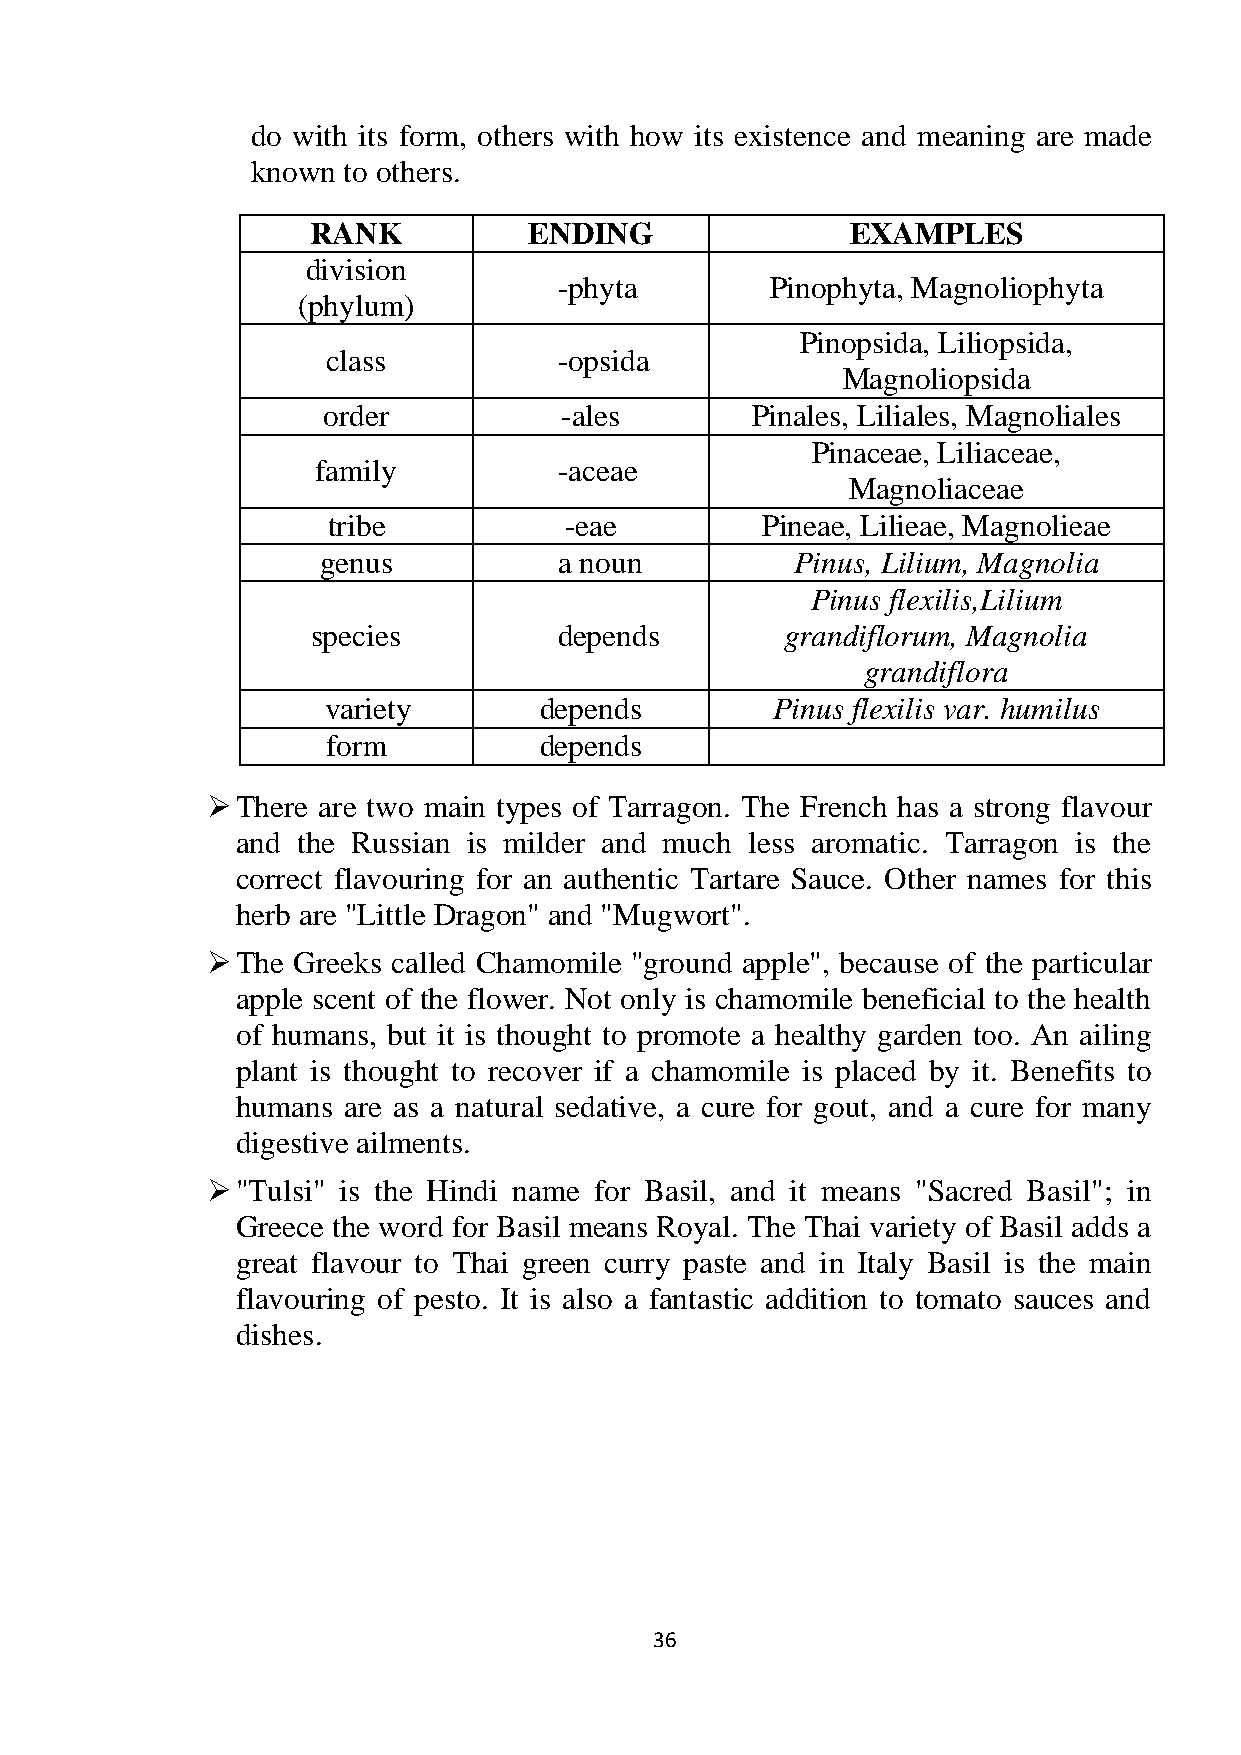
do with its form, others with how its existence and meaning are made
 known to others.
 RANK          ENDING               EXAMPLES
 division
 -phyta        Pinophyta, Magnoliophyta
 (phylum)
 Pinopsida, Liliopsida,
 class          -opsida
 Magnoliopsida
 order           -ales        Pinales, Liliales, Magnoliales
 Pinaceae, Liliaceae,
 family          -aceae
 Magnoliaceae
 tribe          -eae         Pineae, Lilieae, Magnolieae
 genus           a noun          Pinus, Lilium, Magnolia
 Pinus flexilis,Lilium
 species         depends        grandiflorum, Magnolia
 grandiflora
 variety       depends        Pinus flexilis var. humilus
 form          depends
  There are two main types of Tarragon. The French has a strong flavour
 and the Russian is milder and much less aromatic. Tarragon is the
 correct flavouring for an authentic Tartare Sauce. Other names for this
 herb are "Little Dragon" and "Mugwort".
  The Greeks called Chamomile "ground apple", because of the particular
 apple scent of the flower. Not only is chamomile beneficial to the health
 of humans, but it is thought to promote a healthy garden too. An ailing
 plant is thought to recover if a chamomile is placed by it. Benefits to
 humans are as a natural sedative, a cure for gout, and a cure for many
 digestive ailments.
  "Tulsi" is the Hindi name for Basil, and it means "Sacred Basil"; in
 Greece the word for Basil means Royal. The Thai variety of Basil adds a
 great flavour to Thai green curry paste and in Italy Basil is the main
 flavouring of pesto. It is also a fantastic addition to tomato sauces and
 dishes.
 36